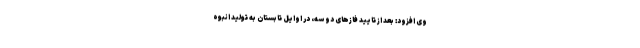
وی افزود: بعد از تایید فازهای دو سه، در اوایل تابستان به تولید انبوه